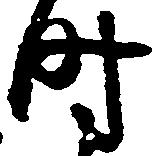
時